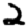
Digit: 2